65_HS1-834228961_62-HQ-83894_Serial_438
Agency: FBI
Page 4
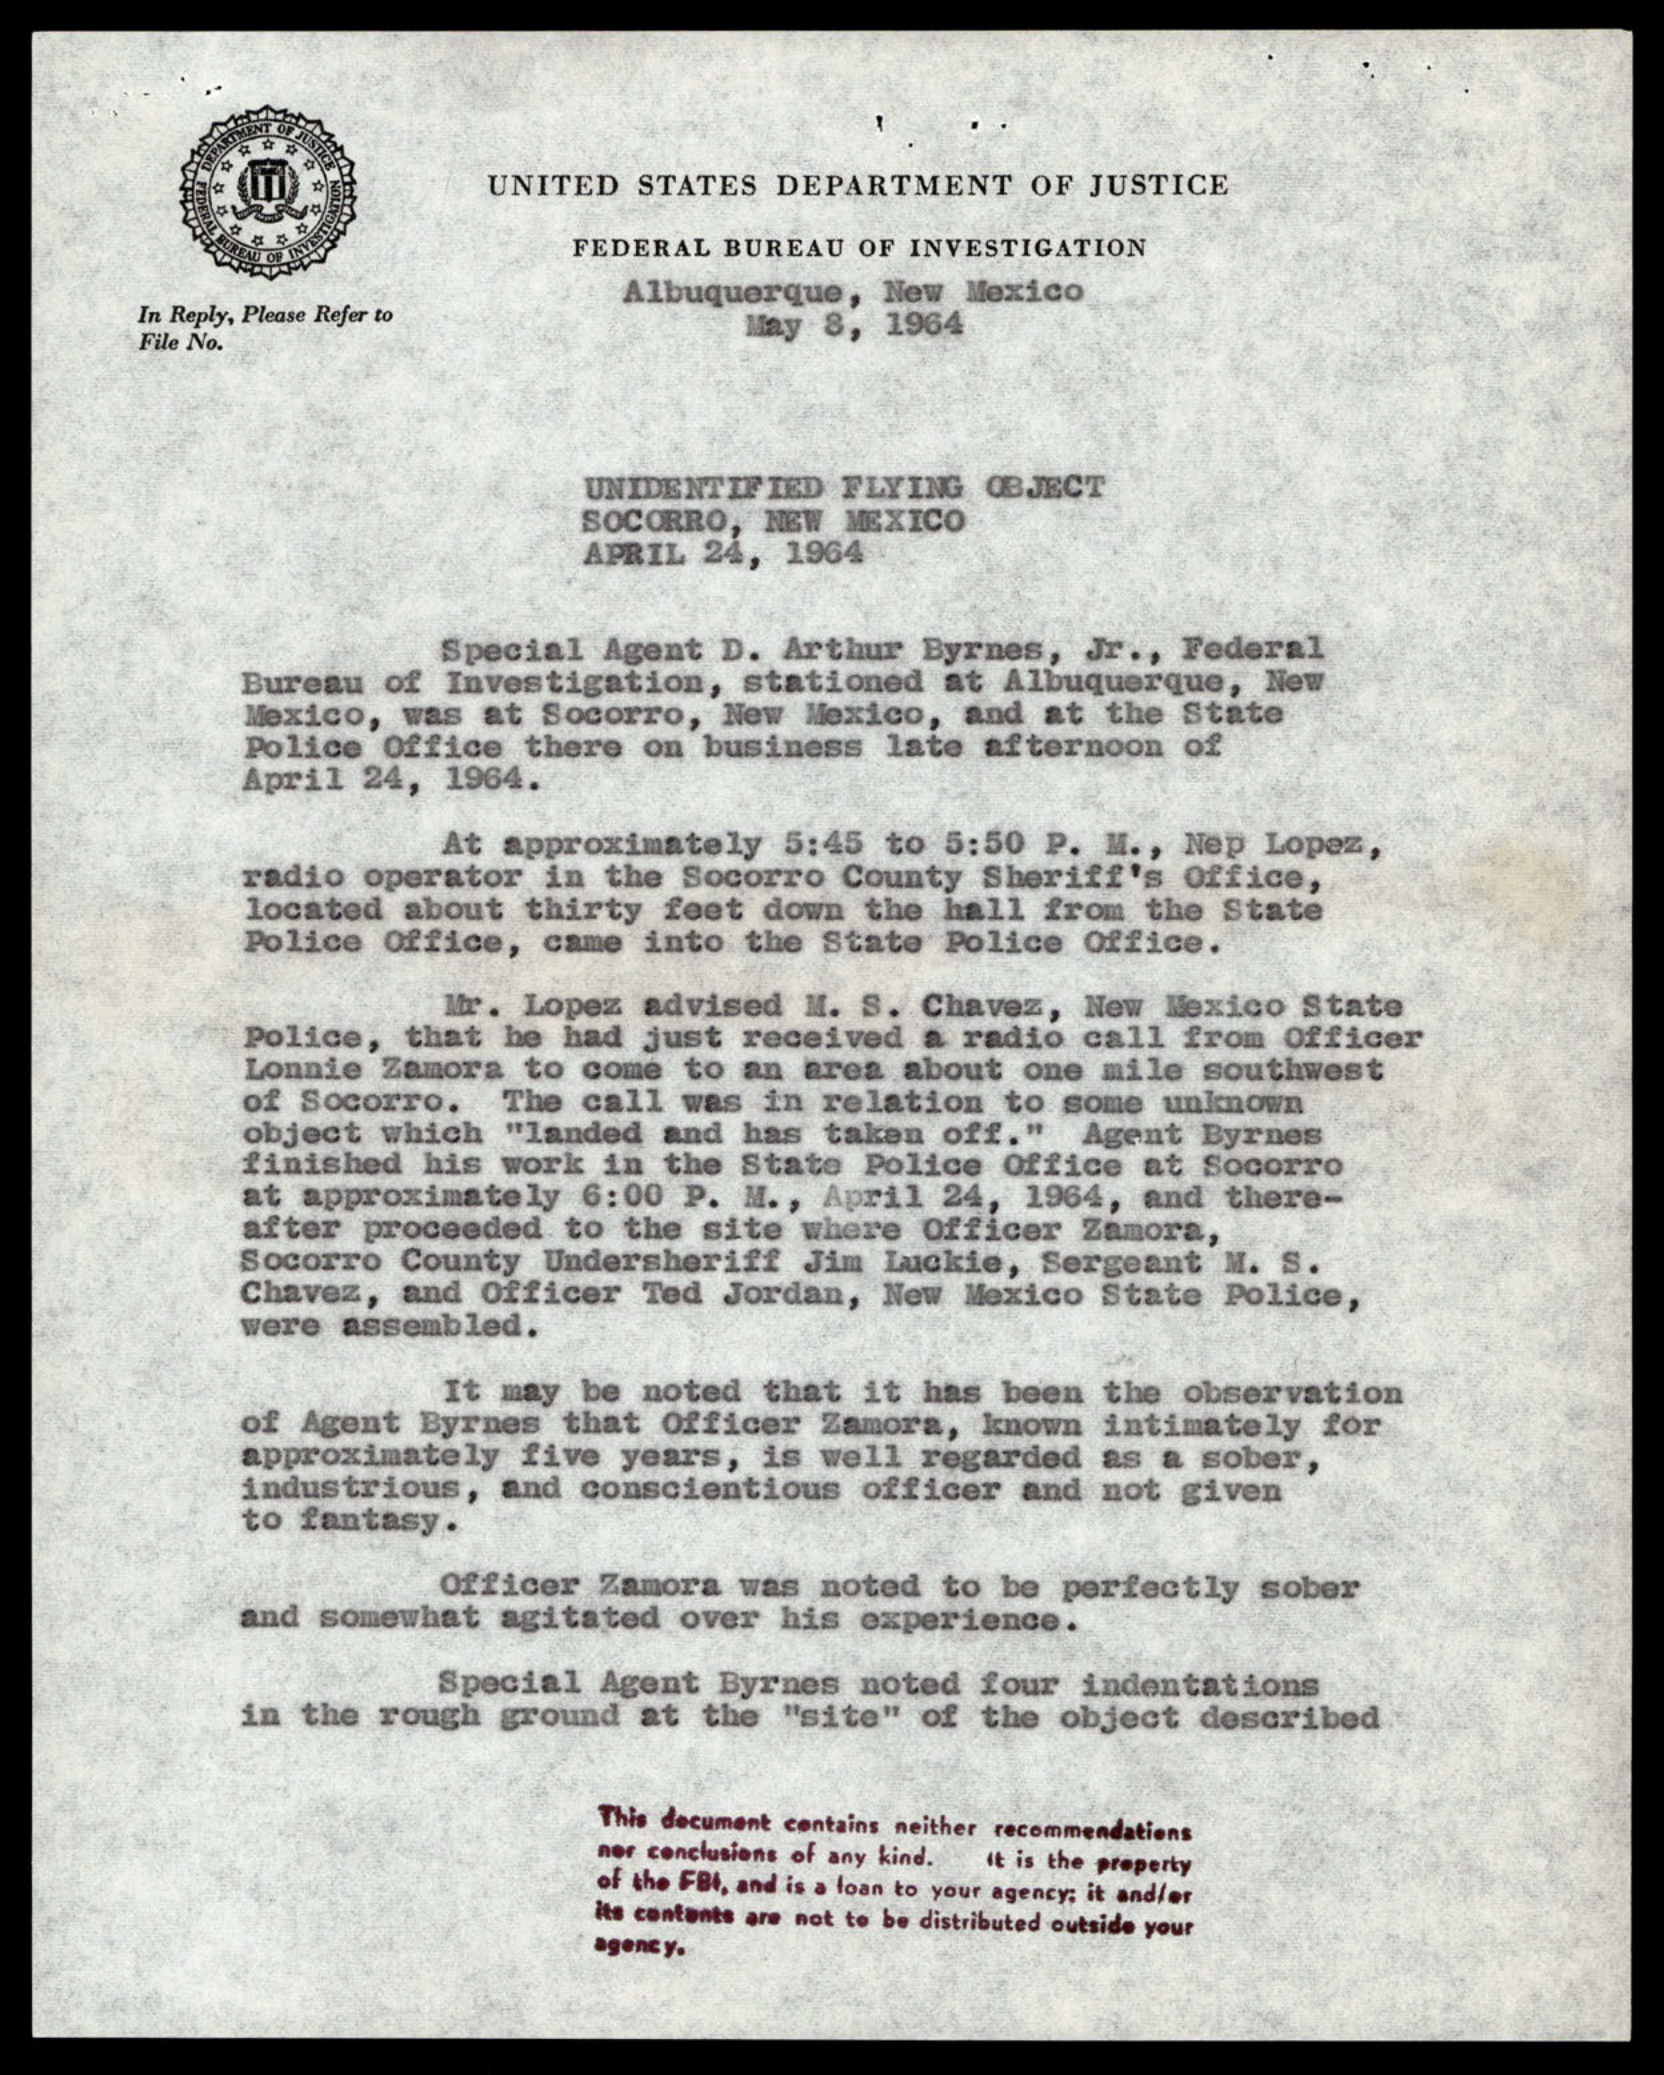